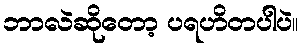
ဘာလဲဆိုတော့ ပရဟိတပါပဲ။